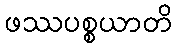
ဖဿပစ္စယာတိ